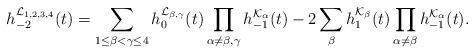
LaTeX: \begin{align*}h_{-2}^{\mathcal{L}_{1,2,3,4}}(t)=\sum_{1\leq \beta<\gamma \leq4}h_{0}^{\mathcal{L}_{\beta,\gamma}}(t)\prod_{\alpha\neq\beta,\gamma}h_{-1}^{\mathcal{K}_\alpha}(t)-2\sum_{\beta}h_{1}^{\mathcal{K}_\beta}(t)\prod_{\alpha\neq\beta}h_{-1}^{\mathcal{K}_\alpha}(t).\end{align*}